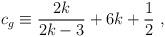
LaTeX: \begin{align*}c_g\equiv\frac{2k}{2k-3}+6k+\frac{1}{2} ~, \end{align*}